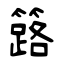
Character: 簬